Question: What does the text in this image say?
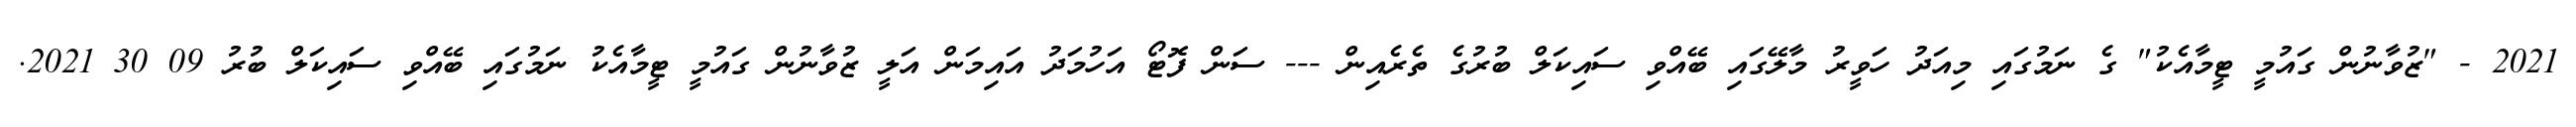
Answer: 2021 - "ޒުވާނުން ގައުމީ ޓީމާއެކު" ގެ ނަމުގައި މިއަދު ހަވީރު މާލޭގައި ބޭއްވި ސައިކަލް ބުރުގެ ތެރެއިން --- ސަން ފޮޓޯ އަހުމަދު އައިމަން އަލީ ޒުވާނުން ގައުމީ ޓީމާއެކު ނަމުގައި ބޭއްވި ސައިކަލް ބުރު 09 30 2021.